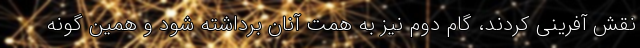
نقش آفرینی کردند، گام دوم نیز به همت آنان برداشته شود و همین گونه